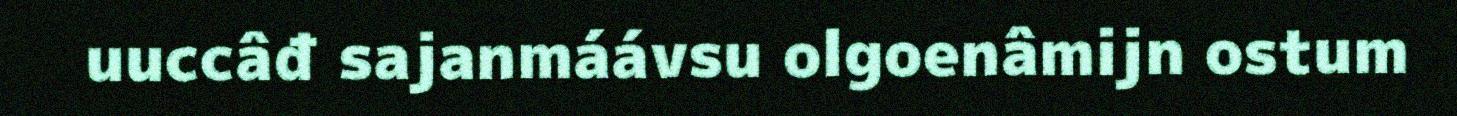
uuccâđ sajanmáávsu olgoenâmijn ostum